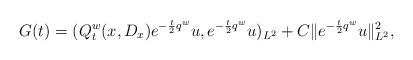
LaTeX: \begin{align*}G(t)=(Q_t^w(x,D_x)e^{-\frac{t}{2}q^w}u,e^{-\frac{t}{2}q^w}u)_{L^2}+C\|e^{-\frac{t}{2}q^w}u\|_{L^2}^2,\end{align*}